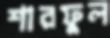
শারফুল